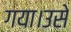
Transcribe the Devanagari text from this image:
गया।उसे